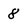
Character: 8